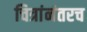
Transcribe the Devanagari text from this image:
चित्रांनंतरच